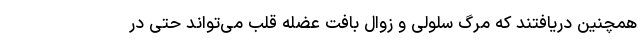
همچنین دریافتند که مرگ سلولی و زوال بافت عضله قلب می‌تواند حتی در